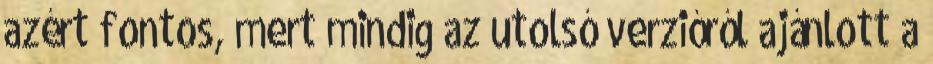
azért fontos, mert mindig az utolsó verzióról ajánlott a